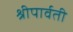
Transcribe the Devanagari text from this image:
श्रीपार्वती